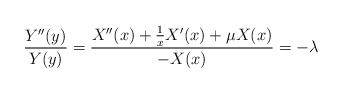
LaTeX: \begin{align*}\frac{Y''(y)}{Y(y)} = \frac{X''(x)+ \frac{1}{x}X'(x)+\mu X(x)}{-X(x)} = -\lambda\end{align*}